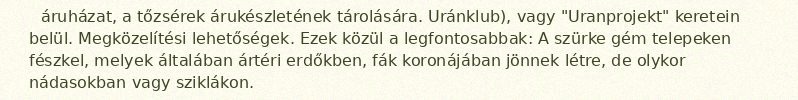
áruházat, a tőzsérek árukészletének tárolására. Uránklub), vagy "Uranprojekt" keretein belül. Megközelítési lehetőségek. Ezek közül a legfontosabbak: A szürke gém telepeken fészkel, melyek általában ártéri erdőkben, fák koronájában jönnek létre, de olykor nádasokban vagy sziklákon.